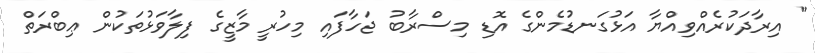
" އިރާދަކުރެއްވިއްޔާ އަޅުގަނޑުމެންގެ އޮޑި މިސްރާބު ޖަހާފައި މިހުރީ މާޒީގެ ފިލާވަޅުތަކުން ޢިބްރަތް